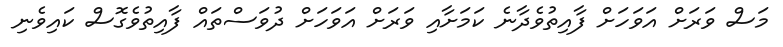
މަސް ވަރަށް އަވަހަށް ފާއިތުވެދާނެ ކަމަށާއި ވަރަށް އަވަހަށް ދުވަސްތައް ފާއިތުވެގޮސް ކައިވެނި